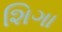
શિગા